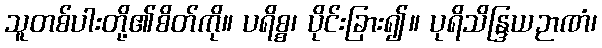
သူတစ်ပါးတို့၏စိတ်ကို။ ပရိစ္စ၊ ပိုင်းခြား၍။ ပုရိသိန္ဒြယဉာဏံ၊